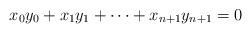
LaTeX: \begin{gather*}x_0y_0 + x_1y_1 + \cdots + x_{n+1}y_{n+1} = 0\end{gather*}